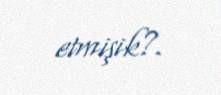
etmişik?.